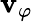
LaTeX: \mathbf{v}_{\varphi}